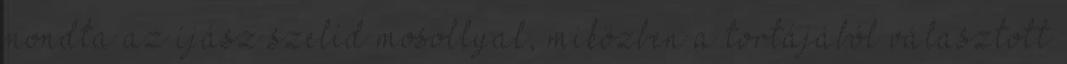
mondta az íjász szelíd mosollyal, miközben a tortájából választott